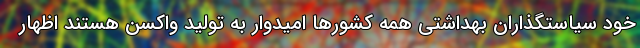
خود سیاستگذاران بهداشتی همه کشورها امیدوار به تولید واکسن هستند اظهار